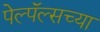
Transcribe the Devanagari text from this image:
पेल्पॅल्सच्या